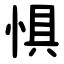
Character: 惧